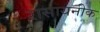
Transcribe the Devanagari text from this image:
रासायनीक